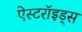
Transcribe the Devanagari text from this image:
ऐस्टरॉइड्स